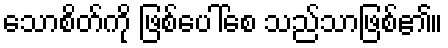
သောစိတ်ကို ဖြစ်ပေါ်စေ သည်သာဖြစ်၏။